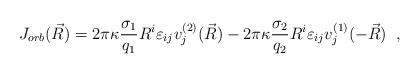
\begin{align*} J_{orb}(\vec{R})=2\pi\kappa\frac{\sigma_{1}}{q_{1}}R^{i} \varepsilon_{ij}v_{j}^{(2)}(\vec{R}) -2\pi\kappa\frac{\sigma_{2}}{q_{2}}R^{i} \varepsilon_{ij}v_{j}^{(1)}(-\vec{R})\;\;,\end{align*}